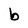
Character: b